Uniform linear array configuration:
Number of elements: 4
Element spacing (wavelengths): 1
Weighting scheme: kaiser
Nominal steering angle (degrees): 45
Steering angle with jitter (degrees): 44.3
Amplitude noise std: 0.05
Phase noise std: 0.05

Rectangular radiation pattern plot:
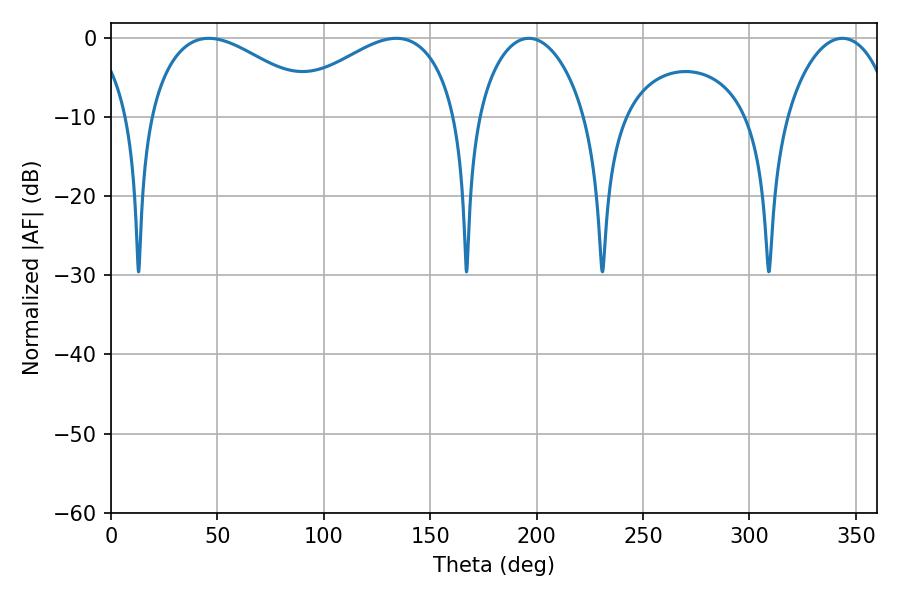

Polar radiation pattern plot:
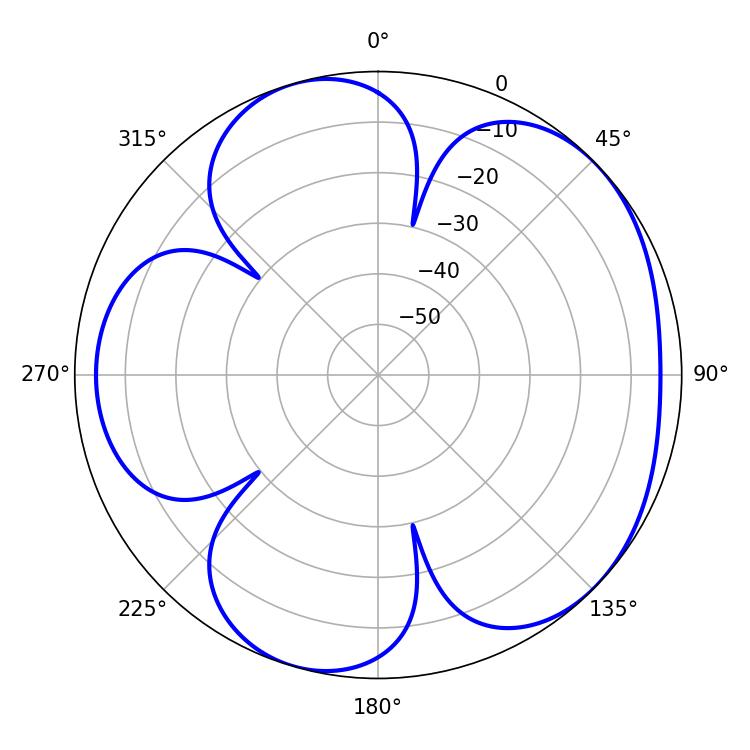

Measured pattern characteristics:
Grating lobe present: TRUE
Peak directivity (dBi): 4.91
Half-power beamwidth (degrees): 45
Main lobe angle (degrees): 45.9